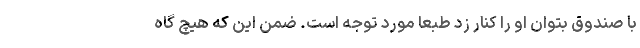
با صندوق بتوان او را کنار زد طبعا مورد توجه است. ضمن این که هیچ گاه